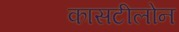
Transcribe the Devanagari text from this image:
कासटीलोन